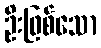
ဦးဖြစ်သော